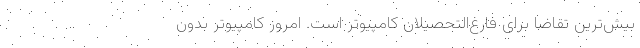
بیش‌ترین تقاضا برای فارغ‌التحصیلان کامپیوتر است. امروز کامپیوتر بدون